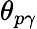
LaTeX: \theta_{p\gamma}